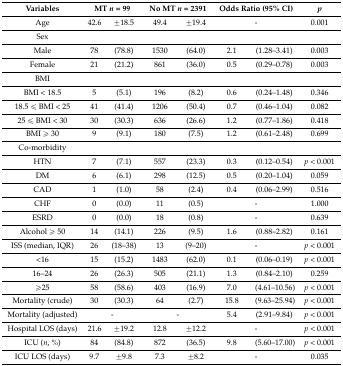
<table><thead><tr><td><b>Variables</b></td><td colspan="2"><b>MT <i>n</i> = 99</b></td><td colspan="2"><b>No MT <i>n</i> = 2391</b></td><td colspan="2"><b>Odds Ratio (95% CI)</b></td><td><b><i>p</i></b></td></tr></thead><tbody><tr><td>Age</td><td>42.6</td><td>±18.5</td><td>49.4</td><td>±19.4</td><td colspan="2">-</td><td>0.001</td></tr><tr><td>Sex</td><td></td><td></td><td></td><td></td><td></td><td></td><td></td></tr><tr><td>Male</td><td>78</td><td>(78.8)</td><td>1530</td><td>(64.0)</td><td>2.1</td><td>(1.28–3.41)</td><td>0.003</td></tr><tr><td>Female</td><td>21</td><td>(21.2)</td><td>861</td><td>(36.0)</td><td>0.5</td><td>(0.29–0.78)</td><td>0.003</td></tr><tr><td>BMI</td><td></td><td></td><td></td><td></td><td></td><td></td><td></td></tr><tr><td>BMI &lt; 18.5</td><td>5</td><td>(5.1)</td><td>196</td><td>(8.2)</td><td>0.6</td><td>(0.24–1.48)</td><td>0.346</td></tr><tr><td>18.5 ≤ BMI &lt; 25</td><td>41</td><td>(41.4)</td><td>1206</td><td>(50.4)</td><td>0.7</td><td>(0.46–1.04)</td><td>0.082</td></tr><tr><td>25 ≤ BMI &lt; 30</td><td>30</td><td>(30.3)</td><td>636</td><td>(26.6)</td><td>1.2</td><td>(0.77–1.86)</td><td>0.418</td></tr><tr><td>BMI ≥ 30</td><td>9</td><td>(9.1)</td><td>180</td><td>(7.5)</td><td>1.2</td><td>(0.61–2.48)</td><td>0.699</td></tr><tr><td>Co-morbidity</td><td></td><td></td><td></td><td></td><td></td><td></td><td></td></tr><tr><td>HTN</td><td>7</td><td>(7.1)</td><td>557</td><td>(23.3)</td><td>0.3</td><td>(0.12–0.54)</td><td><i>p</i> &lt; 0.001</td></tr><tr><td>DM</td><td>6</td><td>(6.1)</td><td>298</td><td>(12.5)</td><td>0.5</td><td>(0.20–1.04)</td><td>0.059</td></tr><tr><td>CAD</td><td>1</td><td>(1.0)</td><td>58</td><td>(2.4)</td><td>0.4</td><td>(0.06–2.99)</td><td>0.516</td></tr><tr><td>CHF</td><td>0</td><td>(0.0)</td><td>11</td><td>(0.5)</td><td colspan="2">-</td><td>1.000</td></tr><tr><td>ESRD</td><td>0</td><td>(0.0)</td><td>18</td><td>(0.8)</td><td colspan="2">-</td><td>0.639</td></tr><tr><td>Alcohol ≥ 50</td><td>14</td><td>(14.1)</td><td>226</td><td>(9.5)</td><td>1.6</td><td>(0.88–2.82)</td><td>0.161</td></tr><tr><td>ISS (median, IQR)</td><td>26</td><td>(18–38)</td><td>13</td><td>(9–20)</td><td colspan="2">-</td><td><i>p</i> &lt; 0.001</td></tr><tr><td>&lt;16</td><td>15</td><td>(15.2)</td><td>1483</td><td>(62.0)</td><td>0.1</td><td>(0.06–0.19)</td><td><i>p</i> &lt; 0.001</td></tr><tr><td>16–24</td><td>26</td><td>(26.3)</td><td>505</td><td>(21.1)</td><td>1.3</td><td>(0.84–2.10)</td><td>0.259</td></tr><tr><td>≥25</td><td>58</td><td>(58.6)</td><td>403</td><td>(16.9)</td><td>7.0</td><td>(4.61–10.56)</td><td><i>p</i> &lt; 0.001</td></tr><tr><td>Mortality (crude)</td><td>30</td><td>(30.3)</td><td>64</td><td>(2.7)</td><td>15.8</td><td>(9.63–25.94)</td><td><i>p</i> &lt; 0.001</td></tr><tr><td>Mortality (adjusted)</td><td colspan="2">-</td><td colspan="2">-</td><td>5.4</td><td>(2.91–9.84)</td><td><i>p</i> &lt; 0.001</td></tr><tr><td>Hospital LOS (days)</td><td>21.6</td><td>±19.2</td><td>12.8</td><td>±12.2</td><td colspan="2">-</td><td><i>p</i> &lt; 0.001</td></tr><tr><td>ICU (<i>n</i>, %)</td><td>84</td><td>(84.8)</td><td>872</td><td>(36.5)</td><td>9.8</td><td>(5.60–17.00)</td><td><i>p</i> &lt; 0.001</td></tr><tr><td>ICU LOS (days)</td><td>9.7</td><td>±9.8</td><td>7.3</td><td>±8.2</td><td colspan="2">-</td><td>0.035</td></tr></tbody></table>